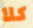
كلا